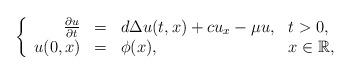
LaTeX: \begin{align*}\left\{\begin{array}{rcll}\frac{\partial u}{\partial t}&=& d \Delta u(t,x)+cu_x-\mu u, & t>0,\\u(0,x)& =& \phi(x), & x\in \mathbb{R},\end{array}\right.\end{align*}